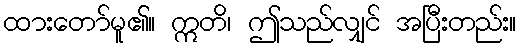
ထားတော်မူ၏။ ဣတိ၊ ဤသည်လျှင် အပြီးတည်း။